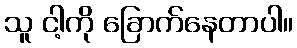
သူ ငါ့ကို ခြောက်နေတာပါ။